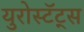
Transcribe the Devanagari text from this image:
युरोस्टॅट्स